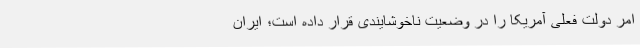
امر دولت فعلی آمریکا را در وضعیت ناخوشایندی قرار داده است؛ ایران